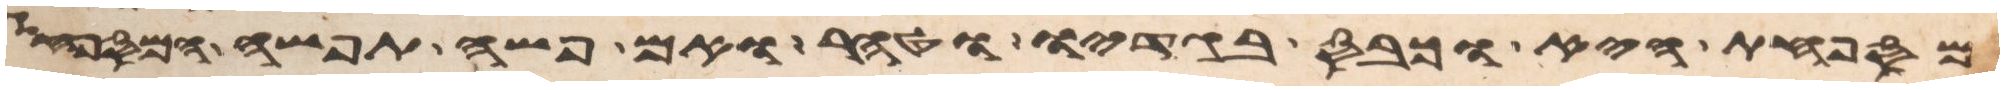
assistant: המספחת היא וכבס בגדיו וטהר ואם פשה תפשה המספחת